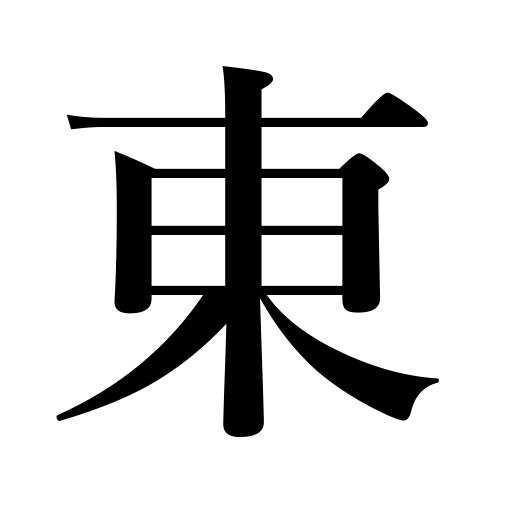
Meanings: east